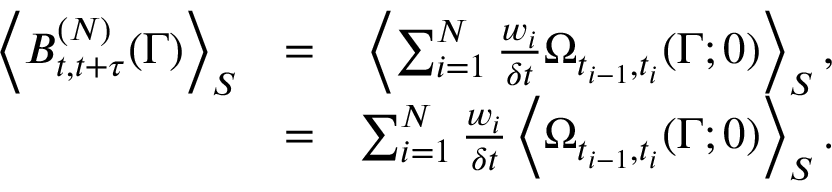
\begin{array} { r l r } { \left< B _ { t , t + \tau } ^ { ( N ) } ( \Gamma ) \right> _ { S } } & { = } & { \left< \sum _ { i = 1 } ^ { N } \frac { w _ { i } } { \delta t } \Omega _ { t _ { i - 1 } , t _ { i } } ( \Gamma ; 0 ) \right> _ { S } , } \\ & { = } & { \sum _ { i = 1 } ^ { N } \frac { w _ { i } } { \delta t } \left< \Omega _ { t _ { i - 1 } , t _ { i } } ( \Gamma ; 0 ) \right> _ { S } . } \end{array}